Vaccination in Bombay 1863-1868 - 1863-1868
Year: 1863
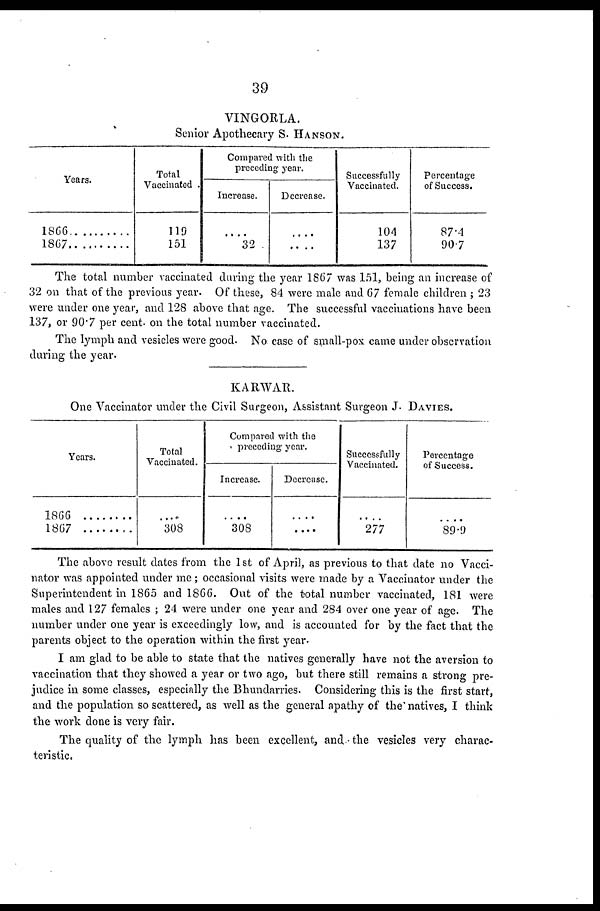
39
VINGORLA.
Senior Apothecary S. HANSON.
Years.
1866 ...........
1867 ...........
Total
Vaccinated
119
151
Compared with the
preceding year.
Increase.
....
32
Decrease.
....
....
Successfully
Vaccinated.
104
137
Percentage
of Success.
87.4
90.7
The total number vaccinated during the year 1867 was 151, being an increase of
32 on that of the previous year. Of these, 84 were male and 67 female children ; 23
were under one year, and 128 above that age. The successful vaccinations have been
137, or 90.7 per cent. on the total number vaccinated.
The lymph and vesicles were good. No case of small-pox came under observation
during the year.
KARWAR.
One Vaccinator under the Civil Surgeon, Assistant Surgeon J. DAVIES.
Years.
1866
1867 ........
Total
....
308
Compared with the
preceding year.
Increase.
....
308
Decrease.
....
....
Successfully
Vaccinated.
....
277
Percentage
of Success.
....
89.9
The above result dates from the 1st of April, as previous to that date no Vacci-
nator was appointed under me ; occasional visits were made by a Vaccinator under the
Superintendent in 1865 and 1866. Out of the total number vaccinated, 181 were
males and 127 females ; 24 were under one year and 284 over one year of age. The
number under one year is exceedingly low, and is accounted for by the fact that the
parents object to the operation within the first year.
I am glad to be able to state that the natives generally have not the aversion to
vaccination that they showed a year or two ago, but there still remains a strong pre-
judice in some classes, especially the Bhundarries. Considering this is the first start,
and the population so scattered, as well as the general apathy of the natives, I think
the work done is very fair.
The quality of the lymph has been excellent, and the vesicles very charac-
teristic.